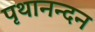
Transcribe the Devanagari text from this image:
पृथानन्दन